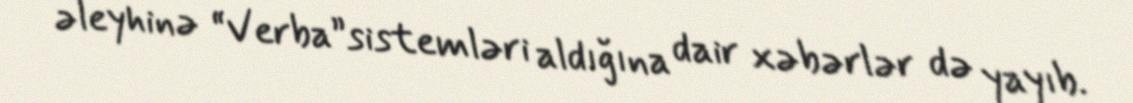
əleyhinə “Verba”sistemləri aldığına dair xəbərlər də yayıb.